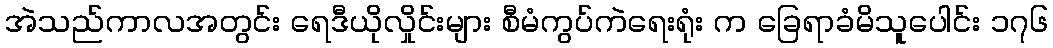
အဲသည်ကာလအတွင်း ရေဒီယိုလှိုင်းများ စီမံကွပ်ကဲရေးရုံး က ခြေရာခံမိသူပေါင်း ၁၇၆